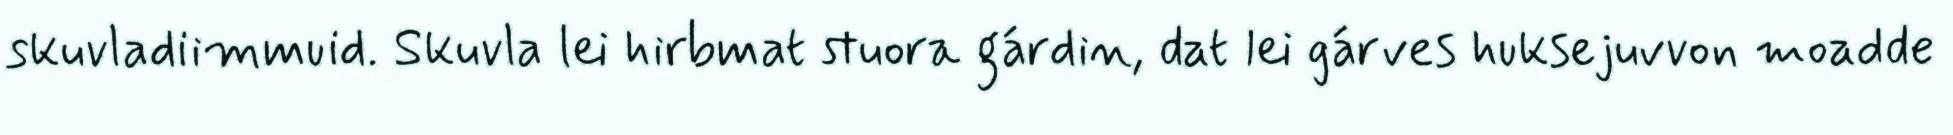
skuvladiimmuid. Skuvla lei hirbmat stuora gárdin, dat lei gárves huksejuvvon moadde